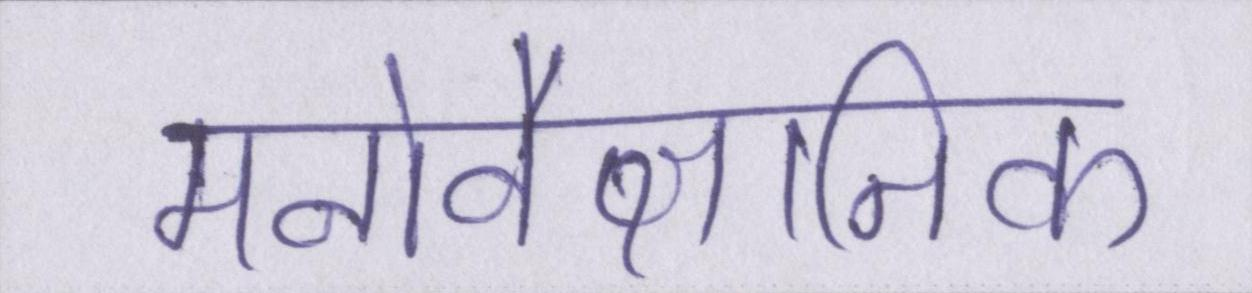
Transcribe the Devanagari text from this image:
मनोवैज्ञानिक